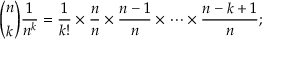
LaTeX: { \binom { n } { k } } { \frac { 1 } { n ^ { k } } } = { \frac { 1 } { k ! } } \times { \frac { n } { n } } \times { \frac { n - 1 } { n } } \times \cdots \times { \frac { n - k + 1 } { n } } ;